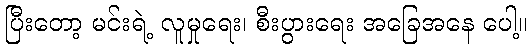
ပြီးတော့ မင်းရဲ့ လူမှုရေး၊ စီးပွားရေး အခြေအနေ ပေါ့။